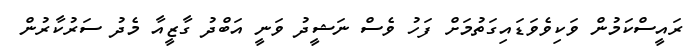
ރައީސްކަމުން ވަކިވެވަޑައިގަތުމަށް ފަހު ވެސް ނަޝީދު ވަނީ އަބްދު ގާޒީއާ މެދު ސަރުކާރުން